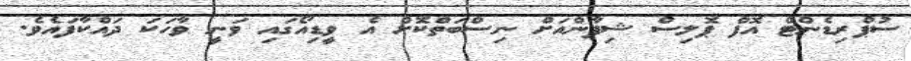
ސުޕްރިޑެންޓް އޮފް ޕޮލިސް ޝިފާންއަށް ނިސްބަތްކޮށް އެ ވީޑިއޯގައި ވަނީ ވާހަކަ ދައްކާފައެވެ.